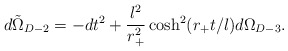
\begin{align*}d\tilde\Omega_{D-2}=-dt^2+\frac{l^2}{r_+^2}\cosh^2(r_+t/l)d\Omega_{D-3}.\end{align*}